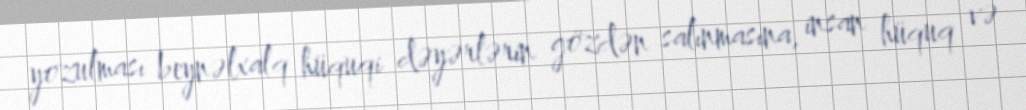
yozulması beynəlxalq hüquqi dəyərlərin gözdən salınmasına, insan hüquq və